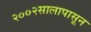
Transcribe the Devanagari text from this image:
२००२सालापासून